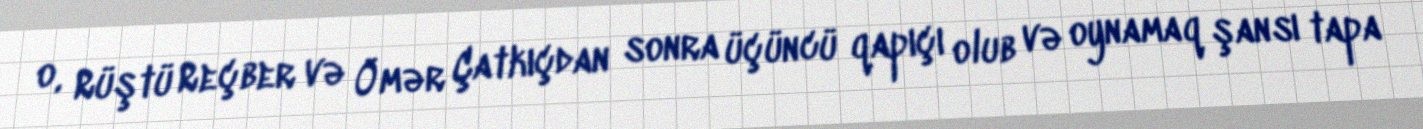
o, Rüştü Reçber və Ömər Çatkıçdan sonra üçüncü qapıçı olub və oynamaq şansı tapa